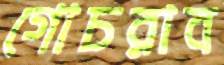
গোচরাব